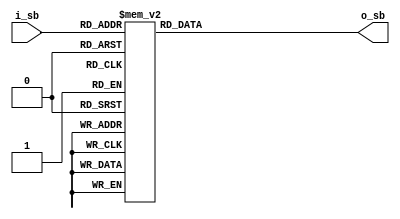
module dec_s_box (
    input [3:0] i_sb, output reg [3:0] o_sb 
);

    always @(*) begin
        case(i_sb)
        4'h0: o_sb = 4'hA;
        4'h1: o_sb = 4'h3;
        4'h2: o_sb = 4'h9;
        4'h3: o_sb = 4'hE;
        4'h4: o_sb = 4'h1;
        4'h5: o_sb = 4'hD;
        4'h6: o_sb = 4'hF;
        4'h7: o_sb = 4'h4;
        4'h8: o_sb = 4'hC;
        4'h9: o_sb = 4'h5;
        4'hA: o_sb = 4'h7;
        4'hB: o_sb = 4'h2;
        4'hC: o_sb = 4'h6;
        4'hD: o_sb = 4'h8;
        4'hE: o_sb = 4'h0;
        4'hF: o_sb = 4'hB;
        endcase
    end
    
endmodule